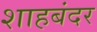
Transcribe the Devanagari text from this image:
शाहबंदर